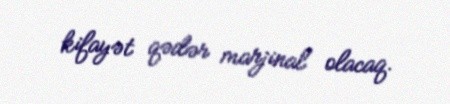
kifayət qədər marjinal olacaq.